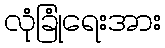
လုံခြုံရေးအား